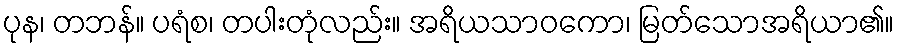
ပုန၊ တဘန်။ ပရံစ၊ တပါးတုံလည်း။ အရိယသာဝကော၊ မြတ်သောအရိယာ၏။